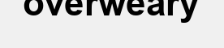
overweary